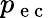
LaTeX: p_{\mathrm{~e~c~}}